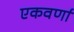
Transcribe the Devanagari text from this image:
एकवर्णा